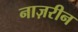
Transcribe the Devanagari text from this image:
नाज़रीन